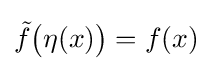
{\tilde {f}}{\bigl (}\eta (x){\bigr )}=f(x)